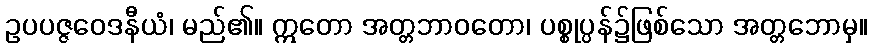
ဥပပဇ္ဇဝေဒနီယံ၊ မည်၏။ ဣတော အတ္တဘာဝတော၊ ပစ္စုပ္ပန်၌ဖြစ်သော အတ္တဘောမှ။